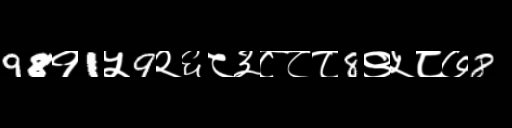
Text: 98१1५9२६८३८८८8९५८७8